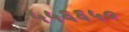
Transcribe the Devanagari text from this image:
५५६६५०